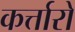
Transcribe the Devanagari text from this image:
कर्त्तारो